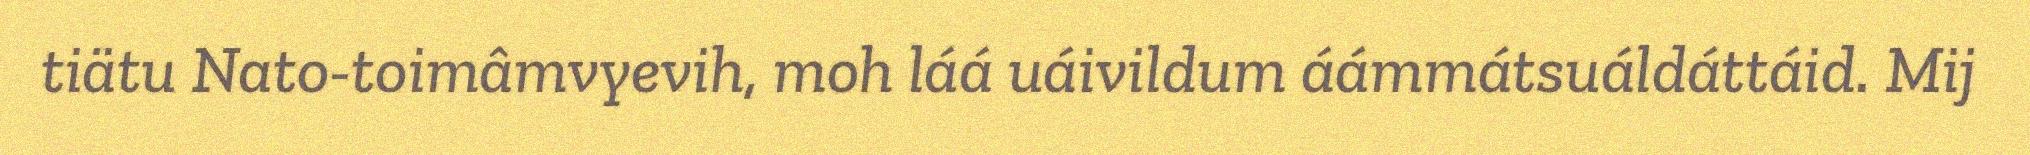
tiätu Nato-toimâmvyevih, moh láá uáivildum áámmátsuáldáttáid. Mij